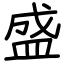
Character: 盛